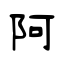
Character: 阿